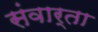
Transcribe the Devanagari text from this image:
संवार्ता